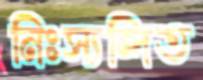
নিঃস্যন্দিত